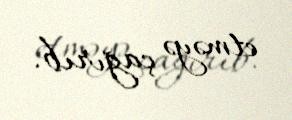
etməyə çağırıb.